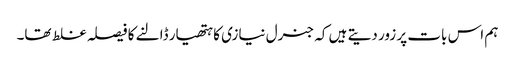
ہم اس بات پر زور دیتے ہیں کہ جنرل نیازی کا ہتھیار ڈالنے کا فیصلہ غلط تھا۔